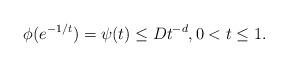
LaTeX: \begin{align*}\phi(e^{-1/t})=\psi(t)\le D t^{-d}, 0 < t\le 1.\end{align*}